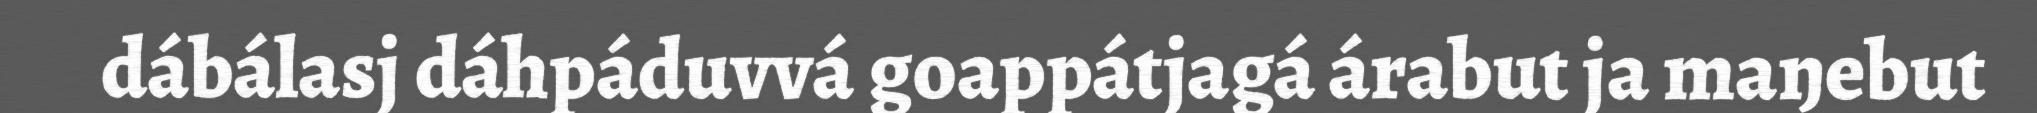
dábálasj dáhpáduvvá goappátjagá árabut ja maŋebut